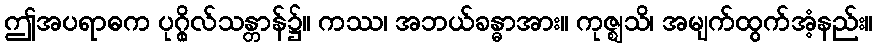
ဤအပရာဓက ပုဂ္ဂိုလ်သန္တာန်၌။ ကဿ၊ အဘယ်ခန္ဓာအား။ ကုဇ္ဈသိ၊ အမျက်ထွက်အံ့နည်း။